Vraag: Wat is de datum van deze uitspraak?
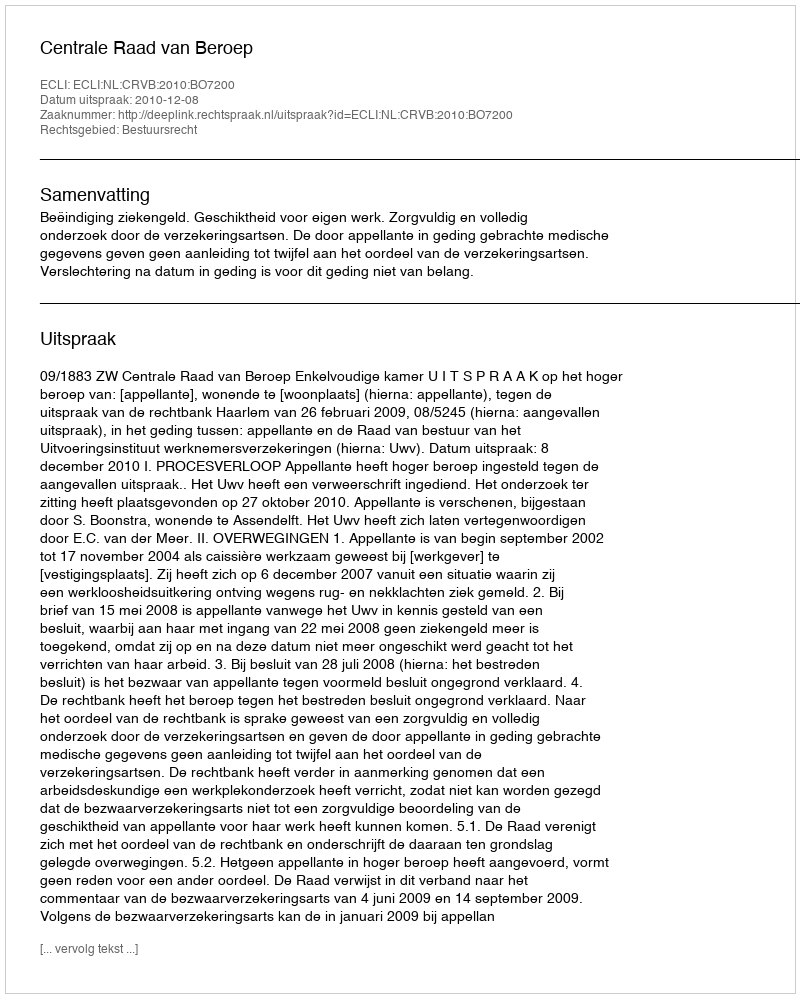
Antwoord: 2010-12-08